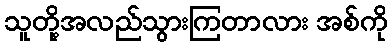
သူတို့အလည်သွားကြတာလား အစ်ကို